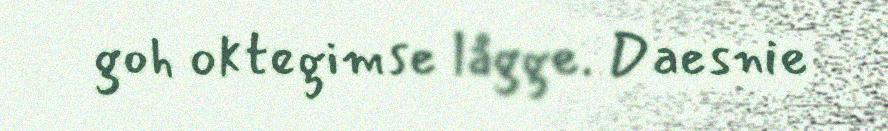
goh oktegimse lågge. Daesnie